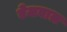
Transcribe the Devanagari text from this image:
ऐजवाल